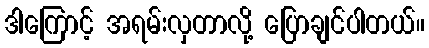
ဒါကြောင့် အရမ်းလှတာလို့ ပြောချင်ပါတယ်။